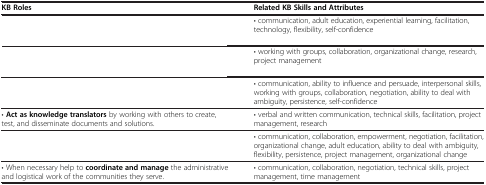
<table><thead><tr><td><b>KB Roles</b></td><td><b>Related KB Skills and Attributes</b></td></tr></thead><tbody><tr><td>[EMPTY_CELL]</td><td>• communication, adult education, experiential learning, facilitation, technology, flexibility, self-confidence</td></tr><tr><td>[EMPTY_CELL]</td><td>• working with groups, collaboration, organizational change, research, project management</td></tr><tr><td>[EMPTY_CELL]</td><td>• communication, ability to influence and persuade, interpersonal skills, working with groups, collaboration, negotiation, ability to deal with ambiguity, persistence, self-confidence</td></tr><tr><td>• <b>Act as knowledge translators</b> by working with others to create, test, and disseminate documents and solutions.</td><td>• verbal and written communication, technical skills, facilitation, project management, research</td></tr><tr><td>[EMPTY_CELL]</td><td>• communication, collaboration, empowerment, negotiation, facilitation, organizational change, adult education, ability to deal with ambiguity, flexibility, persistence, project management, organizational change</td></tr><tr><td>• When necessary help to <b>coordinate and manage</b> the administrative and logistical work of the communities they serve.</td><td>• communication, collaboration, negotiation, technical skills, project management, time management</td></tr></tbody></table>